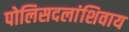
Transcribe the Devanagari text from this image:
पोलिसदलांशिवाय